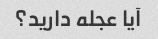
آیا عجله دارید؟